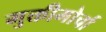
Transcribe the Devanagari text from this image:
मुक्तीमोर्चा